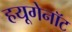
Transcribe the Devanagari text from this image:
हयूगेनॉट